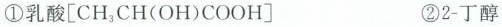
①乳酸[CH_{3}CH(OH)COOH〕 ②2-丁醇